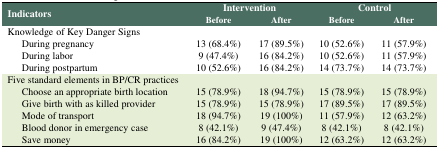
<table><thead><tr><td rowspan="2"><b>Indicators</b></td><td colspan="2"><b>Intervention</b></td><td colspan="2"><b>Control</b></td></tr><tr><td><b>Before</b></td><td><b>After</b></td><td><b>Before</b></td><td><b>After</b></td></tr></thead><tbody><tr><td colspan="5">Knowledge of Key Danger Signs</td></tr><tr><td>During pregnancy</td><td>13 (68.4%)</td><td>17 (89.5%)</td><td>10 (52.6%)</td><td>11 (57.9%)</td></tr><tr><td>During labor</td><td>9 (47.4%)</td><td>16 (84.2%)</td><td>10 (52.6%)</td><td>11 (57.9%)</td></tr><tr><td>During postpartum</td><td>10 (52.6%)</td><td>16 (84.2%)</td><td>14 (73.7%)</td><td>14 (73.7%)</td></tr><tr><td colspan="5">Five standard elements in BP/CR practices</td></tr><tr><td>Choose an appropriate birth location </td><td>15 (78.9%)</td><td>18 (94.7%)</td><td>15 (78.9%)</td><td>15 (78.9%)</td></tr><tr><td>Give birth with as killed provider</td><td>15 (78.9%)</td><td>15 (78.9%)</td><td>17 (89.5%)</td><td>17 (89.5%)</td></tr><tr><td>Mode of transport</td><td>18 (94.7%)</td><td>19 (100%)</td><td>11 (57.9%)</td><td>12 (63.2%)</td></tr><tr><td>Blood donor in emergency case</td><td>8 (42.1%)</td><td>9 (47.4%)</td><td>8 (42.1%)</td><td>8 (42.1%)</td></tr><tr><td>Save money</td><td>16 (84.2%)</td><td>19 (100%)</td><td>12 (63.2%)</td><td>12 (63.2%)</td></tr></tbody></table>